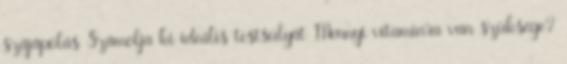
szájápolás Számolja ki ideális testsúlyát Mennyi vitaminra van szüksége?